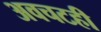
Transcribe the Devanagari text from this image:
अवचटही